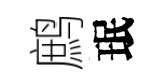
鹧珉